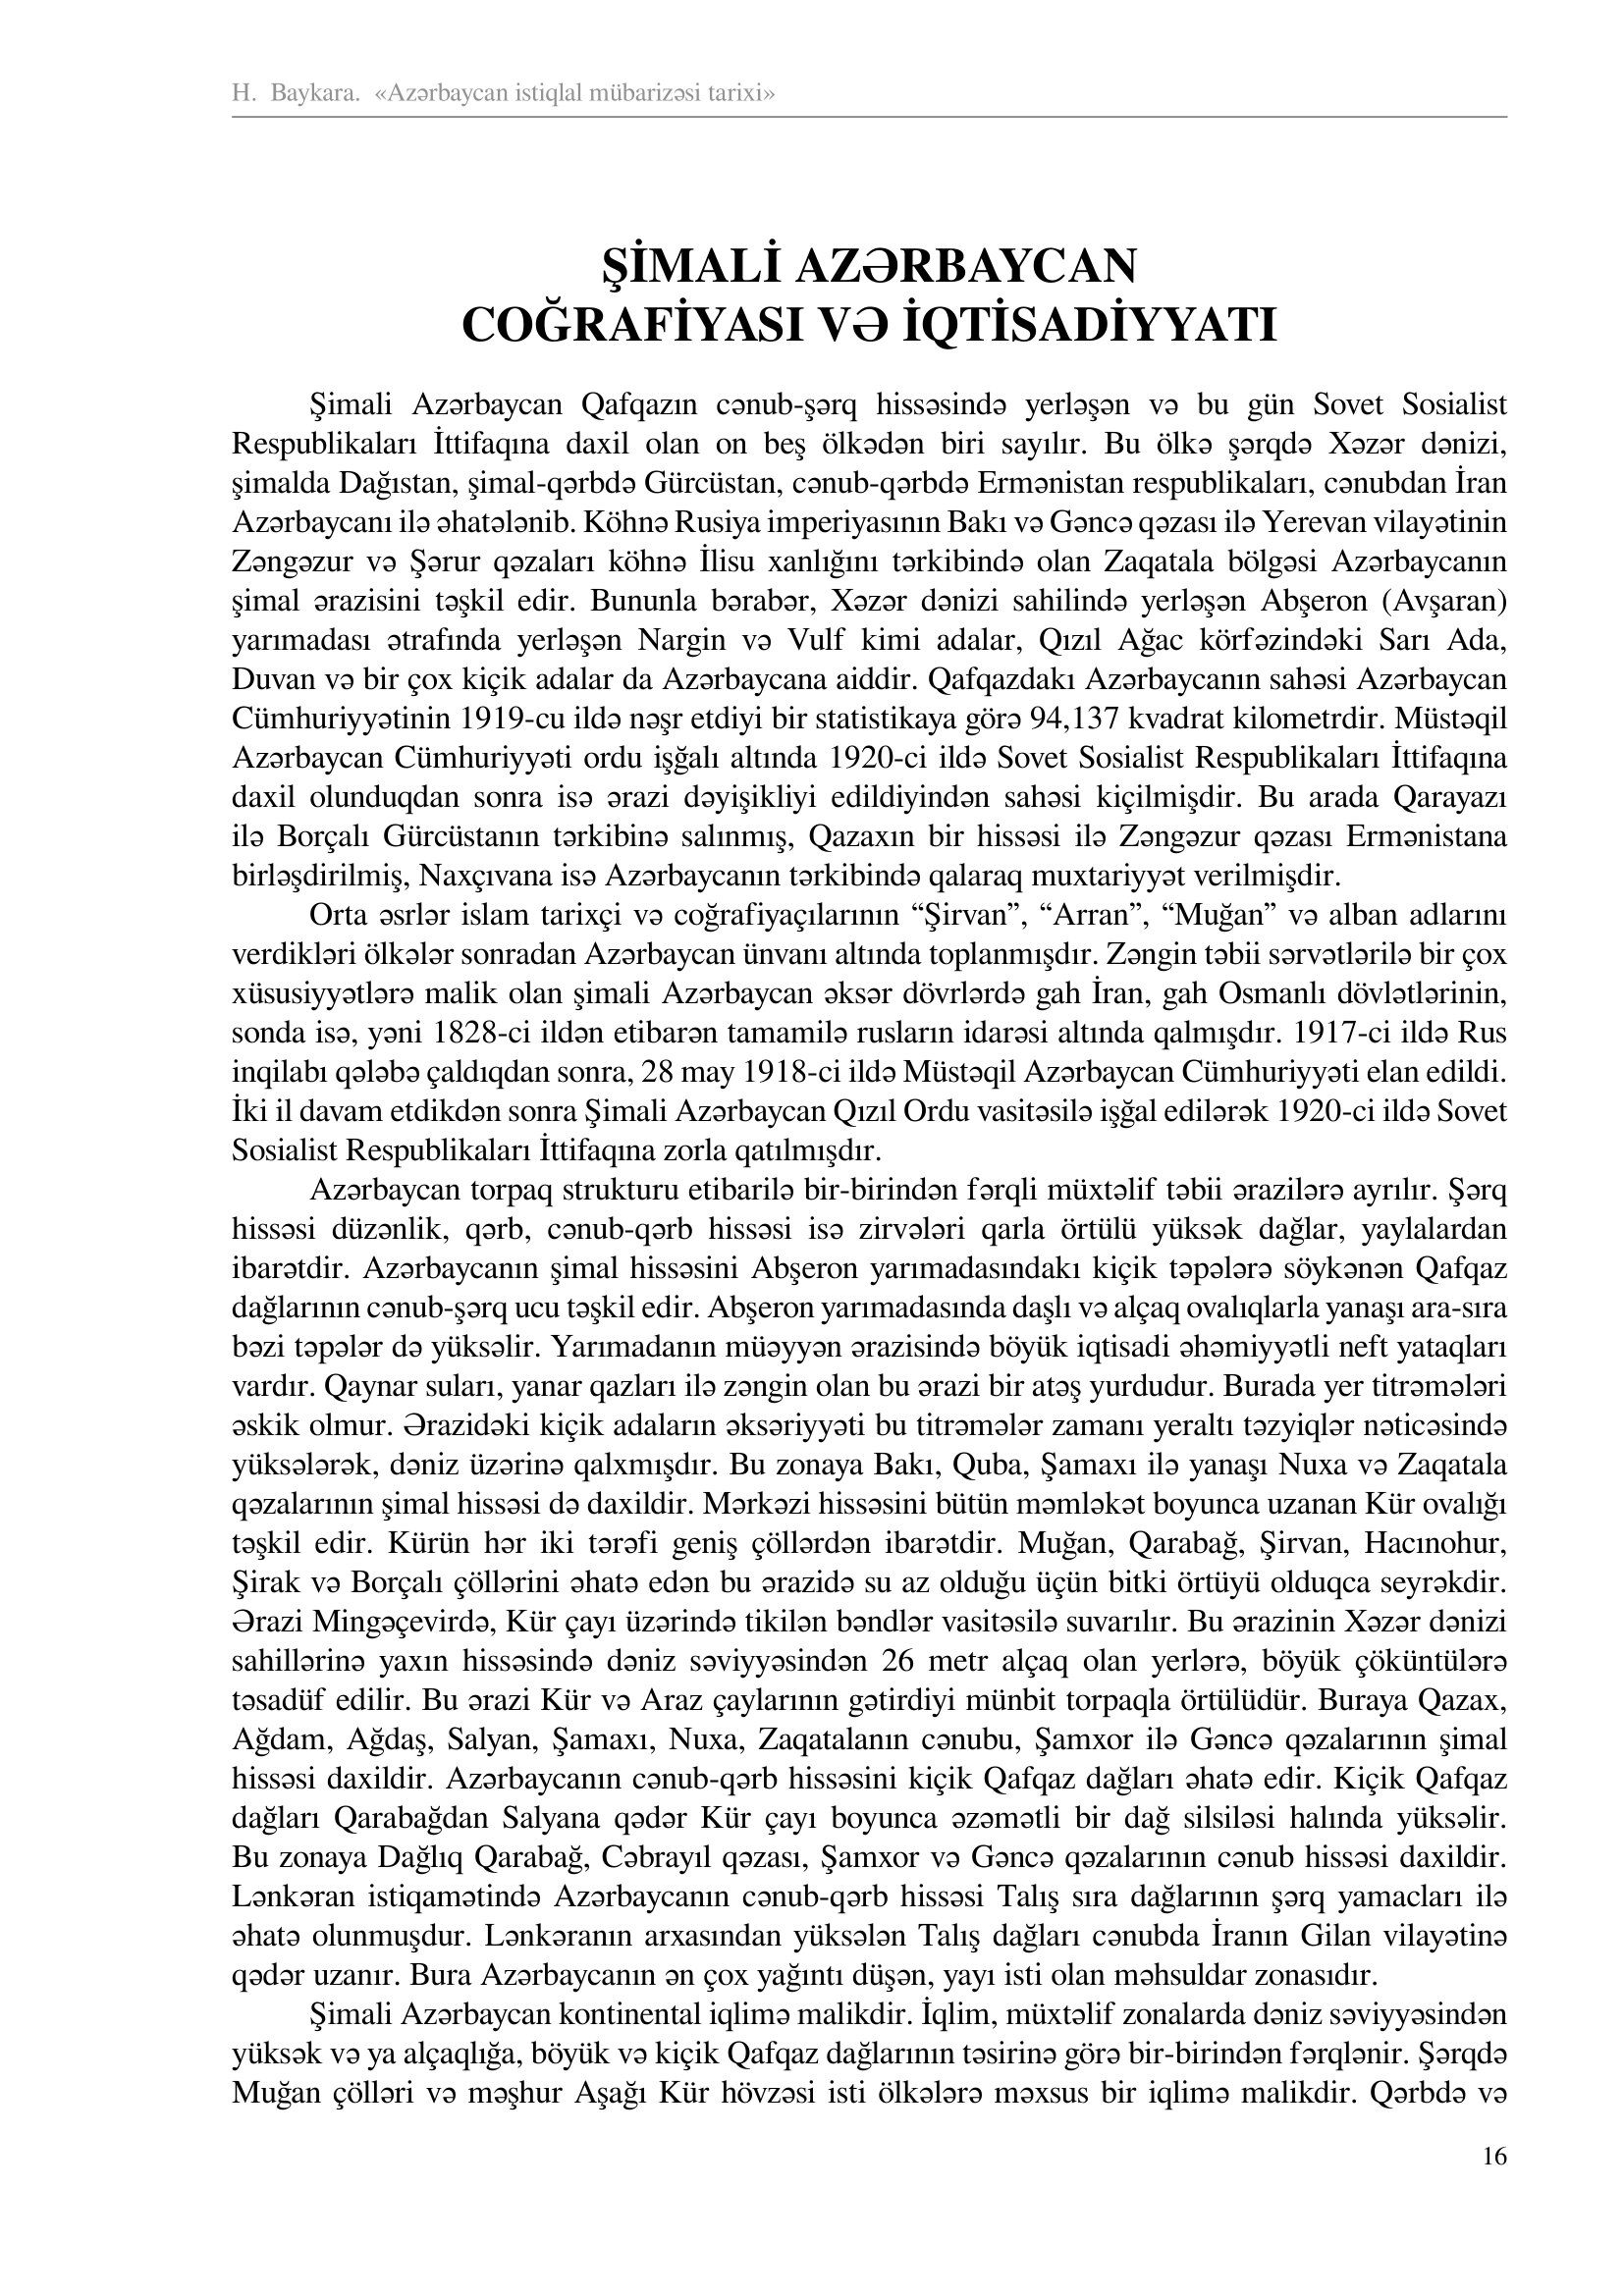
Language: az